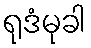
ရုဒံမုခါ